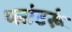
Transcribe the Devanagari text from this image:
प्लांटरूं